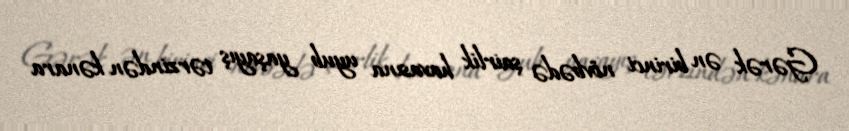
Gərək ən birinci növbədə şairlik havasına uyub yaşayış tərzindən kənara